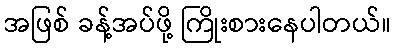
အဖြစ် ခန့်အပ်ဖို့ ကြိုးစားနေပါတယ်။